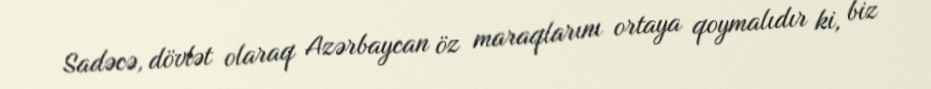
Sadəcə, dövlət olaraq Azərbaycan öz maraqlarını ortaya qoymalıdır ki, biz